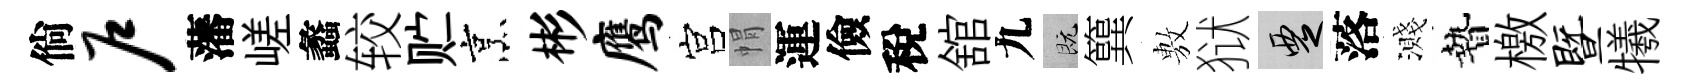
倘户藩嵯蠡较贮烹彬鹰宫㡌運儉稅舘九既簨𢾾狱覂落濺贄檄暨犧